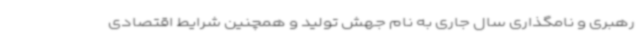
رهبری و نامگذاری سال جاری به نام جهش تولید و همچنین شرایط اقتصادی